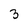
Character: 3